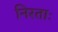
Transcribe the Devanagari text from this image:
निरताः